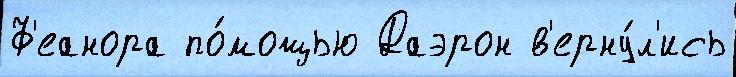
Ф'еанора по́мощью Даэрон в'ерну́л'ись